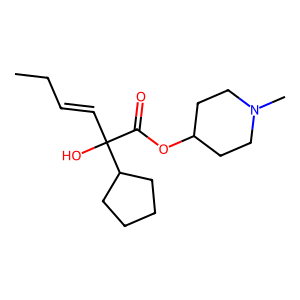
SMILES: CCC=CC(O)(C(=O)OC1CCN(C)CC1)C1CCCC1
Inhibits HIV replication: No